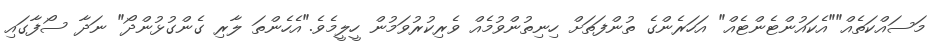
މަސައްކަތެއް""އެކައުންޓެންޓެއް" އަހަރެންގެ ތުންފަތަށް ހިނިތުންވުމެއް ވެރިކުރުވަމުން ހީލީމެވެ."އެހެންތަ ލާރި ގެންގުޅުންދޯ" ނަދާ ސޯފާގައި